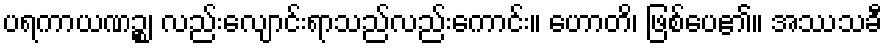
ပရကာယဏဉ္စ၊ လည်းလျောင်းရာသည်လည်းကောင်း။ ဟောတိ၊ ဖြစ်ပေ၏။ အဿသခီ